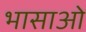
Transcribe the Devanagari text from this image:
भासाओ